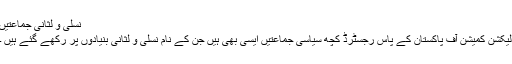
نسلی و لثانی جماعتیں
الیکشن کمیشن آف پاکستان کے پاس رجسٹرڈ کچھ سیاسی جماعتیں ایسی بھی ہیں جن کے نام نسلی و لثانی بنیادوں پر رکھے گئے ہیں ۔